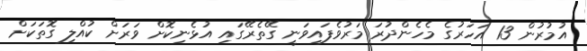
އުމުރުން 13 އަހަރުގެ މެހެންދުރަ މަރުވެފައިވަނީ ގޭތެރޭގައި އުޅެނިކޮށް ވަރަށް ކުއްލި ގޮތަކަށް